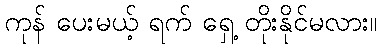
ကုန် ပေးမယ့် ရက် ရှေ့ တိုးနိုင်မလား။